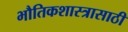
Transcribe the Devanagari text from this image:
भौतिकशास्त्रासाठी